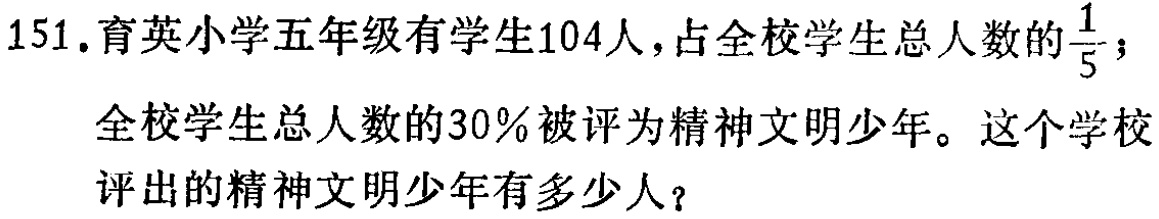
151.育英小学五年级有学生104人，占全校学生总人数的$\frac{1}{5}$；全校学生总人数的30％被评为精神文明少年。这个学校评出的精神文明少年有多少人？